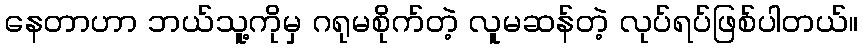
နေတာဟာ ဘယ်သူ့ကိုမှ ဂရုမစိုက်တဲ့ လူမဆန်တဲ့ လုပ်ရပ်ဖြစ်ပါတယ်။